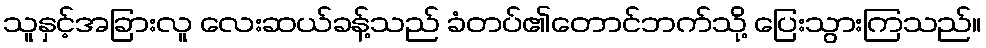
သူနှင့်အခြားလူ လေးဆယ်ခန့်သည် ခံတပ်၏တောင်ဘက်သို့ ပြေးသွားကြသည်။